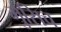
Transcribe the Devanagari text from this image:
मुसिच